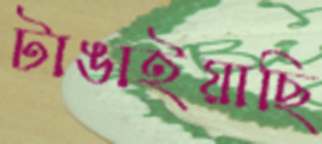
টাঙাইয়াছি